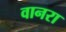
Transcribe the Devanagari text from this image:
वानरा